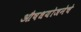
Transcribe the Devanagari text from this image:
औषधयोजनेचे